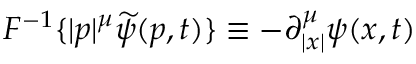
{ \cal { F } } ^ { - 1 } \{ | p | ^ { \mu } \widetilde { \psi } ( p , t ) \} \equiv - \partial _ { | x | } ^ { \mu } \psi ( x , t )